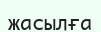
жасылға